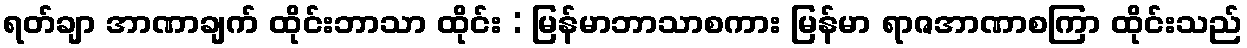
ရတ်ချာ အာဏာချက် ထိုင်းဘာသာ ထိုင်း : မြန်မာဘာသာစကား မြန်မာ ရာဇအာဏာစကြာ ထိုင်းသည်